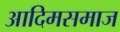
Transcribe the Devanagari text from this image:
आदिमसमाज